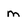
Character: m